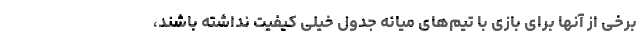
برخی از آنها برای بازی با تیم‌های میانه جدول خیلی کیفیت نداشته باشند،